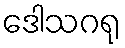
ဒေါသဂရု